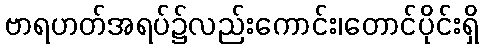
ဗာရဟတ်အရပ်၌လည်းကောင်း၊တောင်ပိုင်းရှိ